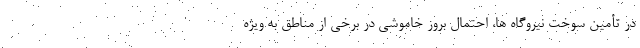
در تأمین سوخت نیروگاه ها، احتمال بروز خاموشی در برخی از مناطق به ویژه